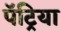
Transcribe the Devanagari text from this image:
पॅट्रिया